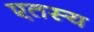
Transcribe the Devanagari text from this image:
एतस्य